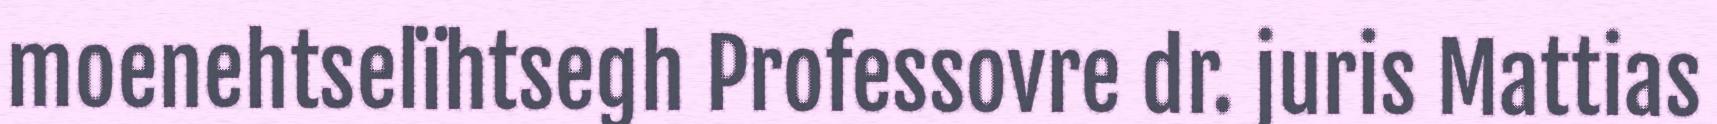
moenehtselïhtsegh Professovre dr. juris Mattias